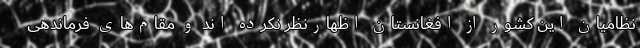
نظامیان این کشور از افغانستان اظهارنظر نکرده اند و مقام‌های فرماندهی